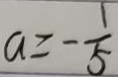
a \geq - \frac { 1 } { 5 }